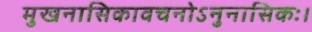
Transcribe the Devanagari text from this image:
मुखनासिकावचनोऽनुनासिकः।